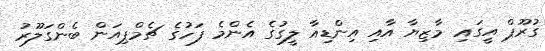
ގުރޫޕް އީގައި މާޒިޔާ އާއި އިންޑިއާ ލީގުގެ އެންމެ ފަހުގެ ޗެމްޕިއަން ބެންގަލޫރު